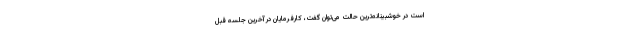
است در خوشبینانه‌ترین حالت می‌توان گفت، کارفرمایان در آخرین جلسه قبل